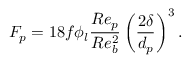
F _ { p } = 1 8 f \phi _ { l } \frac { R e _ { p } } { R e _ { b } ^ { 2 } } \left( \frac { 2 \delta } { d _ { p } } \right) ^ { 3 } .